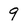
Character: 9